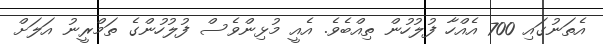
އެތަނުގައި 700 އެއްހާ ފުލުހުން ތިއްބެވެ. އެއީ މުޅިންވެސް ފުލުހުންގެ ތަމްރީނު އަލަށް